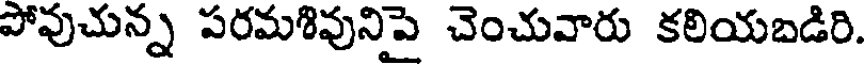
పోవుచున్న పరమశివునిపై చెంచువారు కలియబడిరి.